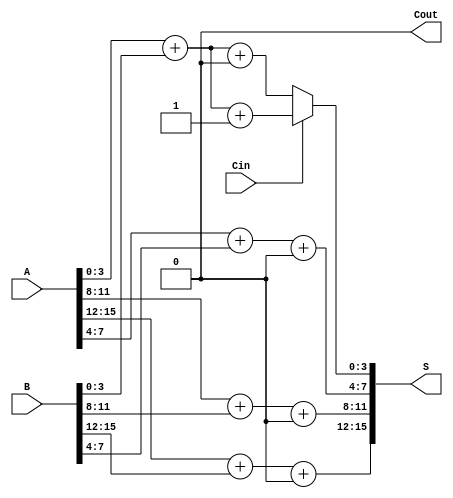
module han_carlson_adder #(parameter N = 16, parameter K = 4) (
    input  wire [N-1:0] A,     // Input A
    input  wire [N-1:0] B,     // Input B
    input  wire Cin,            // Carry-in
    output wire [N-1:0] S,      // Sum output
    output wire Cout            // Carry-out
);

    // Number of blocks
    localparam NUM_BLOCKS = N / K;

    // Internal signals
    wire [NUM_BLOCKS-1:0] C;         // Carry outputs for each block
    wire [N-1:0] S0, S1;              // Sums for carry-in = 0 and carry-in = 1
    wire [N-1:0] carry_out_0, carry_out_1; // Carry outputs based on Cin for each block

    // Generate carry and sum for each block
    genvar i;
    generate
        for (i = 0; i < NUM_BLOCKS; i = i + 1) begin : block
            wire [K-1:0] A_block = A[(i+1)*K-1:i*K];
            wire [K-1:0] B_block = B[(i+1)*K-1:i*K];
            wire Cin_block = (i == 0) ? Cin : C[i-1]; // Carry-in for the first block is Cin

            // Compute sum and carry out for carry-in = 0
            assign {carry_out_0[(i+1)*K-1:(i*K)], S0[(i+1)*K-1:(i*K)]} = A_block + B_block + 1'b0;

            // Compute sum and carry out for carry-in = 1
            assign {carry_out_1[(i+1)*K-1:(i*K)], S1[(i+1)*K-1:(i*K)]} = A_block + B_block + 1'b1;

            // Determine carry out for the next block
            assign C[i] = Cin_block ? carry_out_1[(i+1)*K-1] : carry_out_0[(i+1)*K-1];
        end
    endgenerate

    // MUX to select appropriate sum based on carry-out from previous block
    generate
        for (i = 0; i < NUM_BLOCKS; i = i + 1) begin : mux
            wire [K-1:0] selected_sum;

            assign selected_sum = (i == 0) ? 
                (Cin ? S1[K-1:0] : S0[K-1:0]) :
                (C[i-1] ? S1[(i+1)*K-1:i*K] : S0[(i+1)*K-1:i*K]);

            assign S[(i+1)*K-1:i*K] = selected_sum;
        end
    endgenerate

    // Final carry-out
    assign Cout = C[NUM_BLOCKS-1];

endmodule